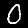
Digit: 0